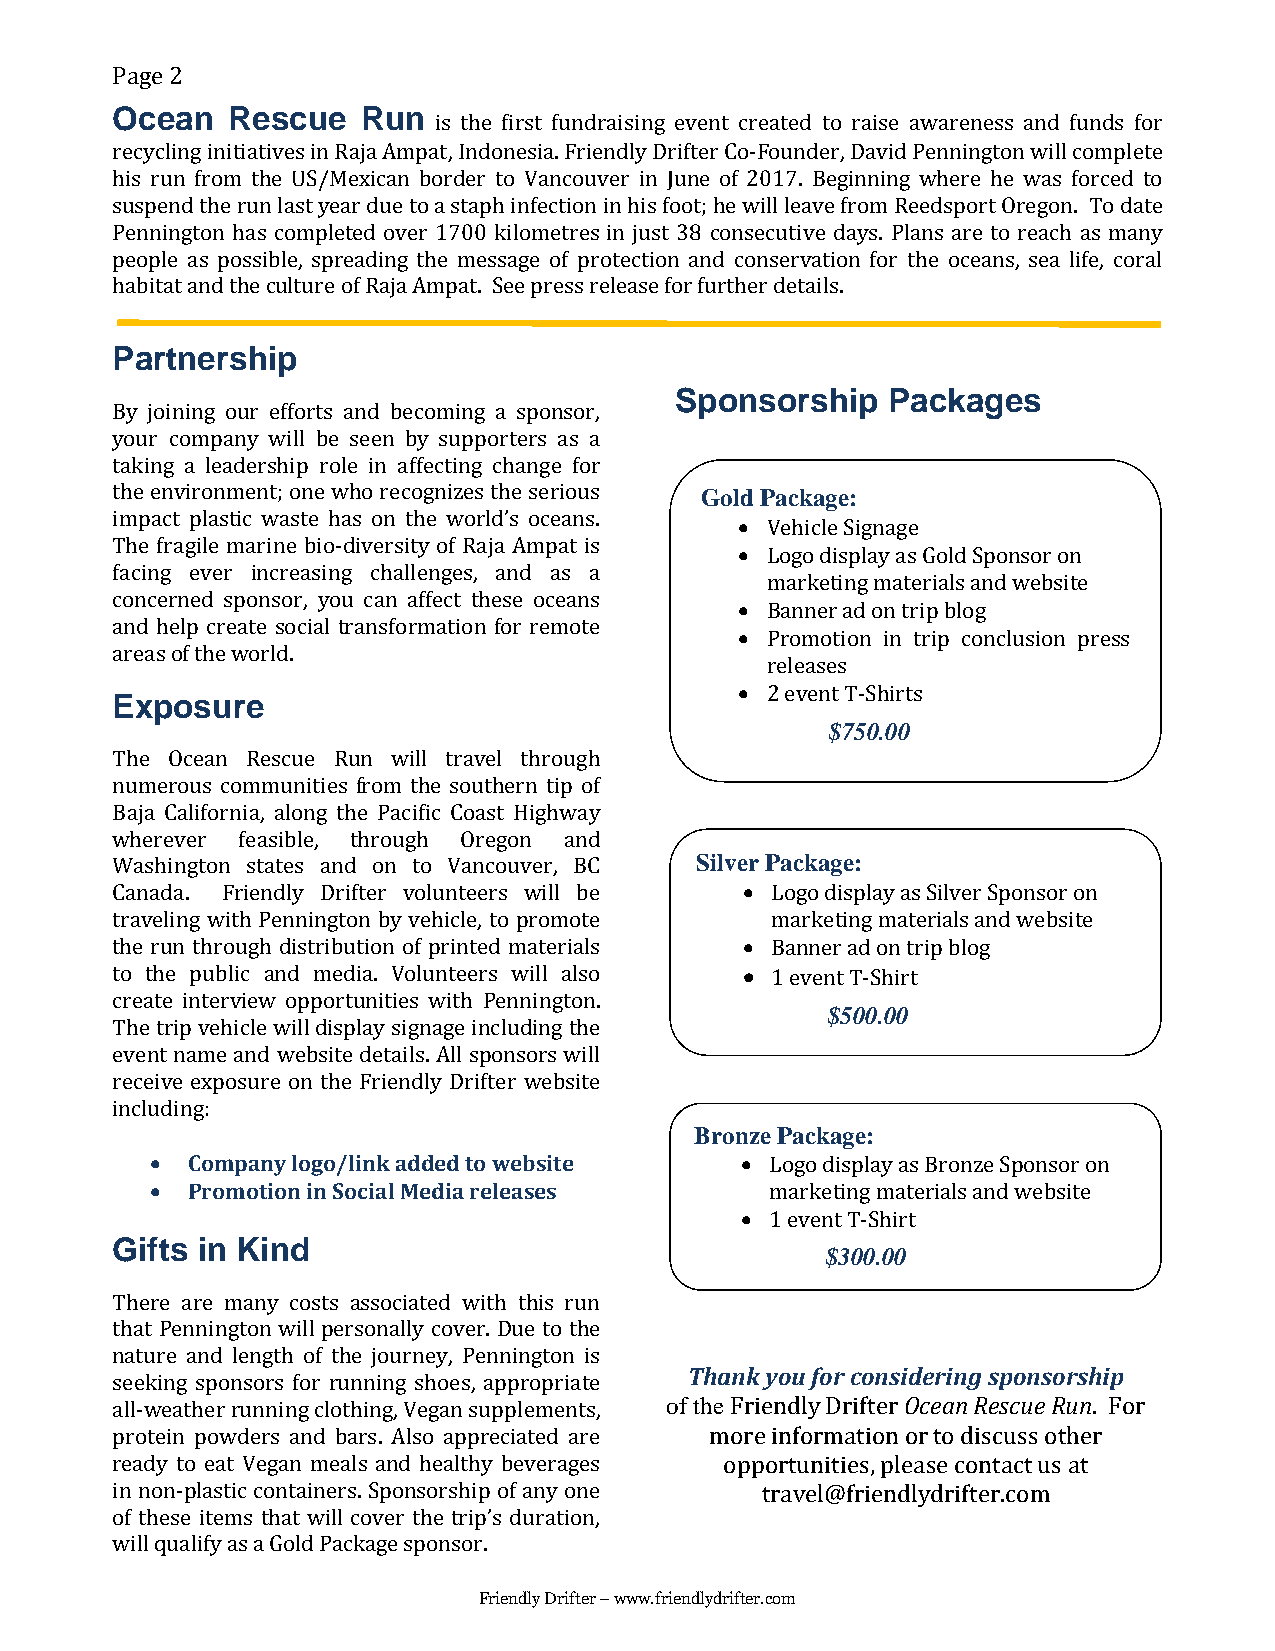
Page 2
 Ocean   Rescue   Run
 is the first fundraising event created to raise awareness and funds for
 recycling initiatives in Raja Ampat, Indonesia. Friendly Drifter Co-Founder, David Pennington will complete
 his run from the US/Mexican border to Vancouver in June of 2017. Beginning where he was forced to
 suspend the run last year due to a staph infection in his foot; he will leave from Reedsport Oregon. To date
 Pennington has completed over 1700 kilometres in just 38 consecutive days. Plans are to reach as many
 people as possible, spreading the message of protection and conservation for the oceans, sea life, coral
 habitat and the culture of Raja Ampat. See press release for further details.
 Partnership
 Sponsorship   Packages
 By joining our efforts and becoming a sponsor,
 your company will be seen by supporters as a
 taking a leadership role in affecting change for
 the environment; one who recognizes the serious Gold Package:
 impact plastic waste has on the world’s oceans.
 • Vehicle Signage
 The fragile marine bio-diversity of Raja Ampat is
 • Logo display as Gold Sponsor on
 facing ever increasing challenges, and as a
 marketing materials and website
 concerned sponsor, you can affect these oceans
 • Banner ad on trip blog
 and help create social transformation for remote
 • Promotion in trip conclusion press
 areas of the world.
 releases
 • 2 event T-Shirts
 Exposure
 $750.00
 The Ocean Rescue Run will travel through
 numerous communities from the southern tip of
 Baja California, along the Pacific Coast Highway
 wherever feasible, through Oregon and
 Washington states and on to Vancouver, BC Silver Package:
 Canada. Friendly Drifter volunteers will be • Logo display as Silver Sponsor on
 traveling with Pennington by vehicle, to promote marketing materials and website
 the run through distribution of printed materials • Banner ad on trip blog
 to the public and media. Volunteers will also • 1 event T-Shirt
 create interview opportunities with Pennington.
 $500.00
 The trip vehicle will display signage including the
 event name and website details. All sponsors will
 receive exposure on the Friendly Drifter website
 including:
 Bronze Package:
 • Company logo/link added to website   • Logo display as Bronze Sponsor on
 • Promotion in Social Media releases     marketing materials and website
 • 1 event T-Shirt
 Gifts in Kind
 $300.00
 There are many costs associated with this run
 that Pennington will personally cover. Due to the
 nature and length of the journey, Pennington is
 Thank you for considering sponsorship
 seeking sponsors for running shoes, appropriate
 all-weather running clothing, Vegan supplements, of the Friendly Drifter Ocean Rescue Run. For
 protein powders and bars. Also appreciated are more information or to discuss other
 ready to eat Vegan meals and healthy beverages opportunities, please contact us at
 in non-plastic containers. Sponsorship of any one travel@friendlydrifter.com
 of these items that will cover the trip’s duration,
 will qualify as a Gold Package sponsor.
 Friendly Drifter – www.friendlydrifter.com